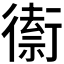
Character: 𲀡